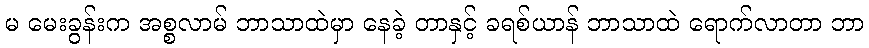
မ မေးခွန်းက အစ္စလာမ် ဘာသာထဲမှာ နေခဲ့ တာနှင့် ခရစ်ယာန် ဘာသာထဲ ရောက်လာတာ ဘာ